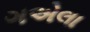
ગએલા